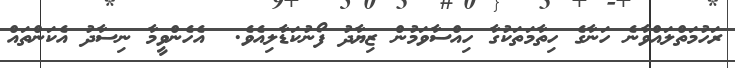
ރަހުމަތްލައްވާނެ ހަނާގެ ހިތާމަތަކުގާ ހިއްސާވަމުން ޒިޔާދު ފޯނުކަޑާލިއެވެ.  އެހެންވީމާ ނިސާދު އެކަންތައް